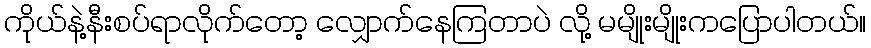
ကိုယ်နဲ့နီးစပ်ရာလိုက်တော့ လျှောက်နေကြတာပဲ လို့ မမျိုးမျိုးကပြောပါတယ်။